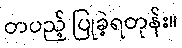
တပည့် ပြုခဲ့ရတုန်း။